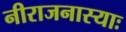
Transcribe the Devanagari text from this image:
नीराजनास्याः